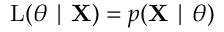
\operatorname { L } ( \theta \mid \mathbf { X } ) = p ( \mathbf { X } \mid \theta )